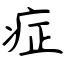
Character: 症